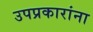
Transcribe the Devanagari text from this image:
उपप्रकारांना